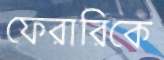
ফেরারিকে